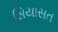
સિયાસત